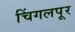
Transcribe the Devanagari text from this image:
चिंगलपूर